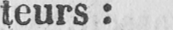
teurs: